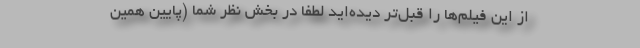
از این فیلم‌ها را قبل‌تر دیده‌اید لطفا در بخش نظر شما (پایین همین